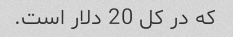
که در کل 20 دلار است.